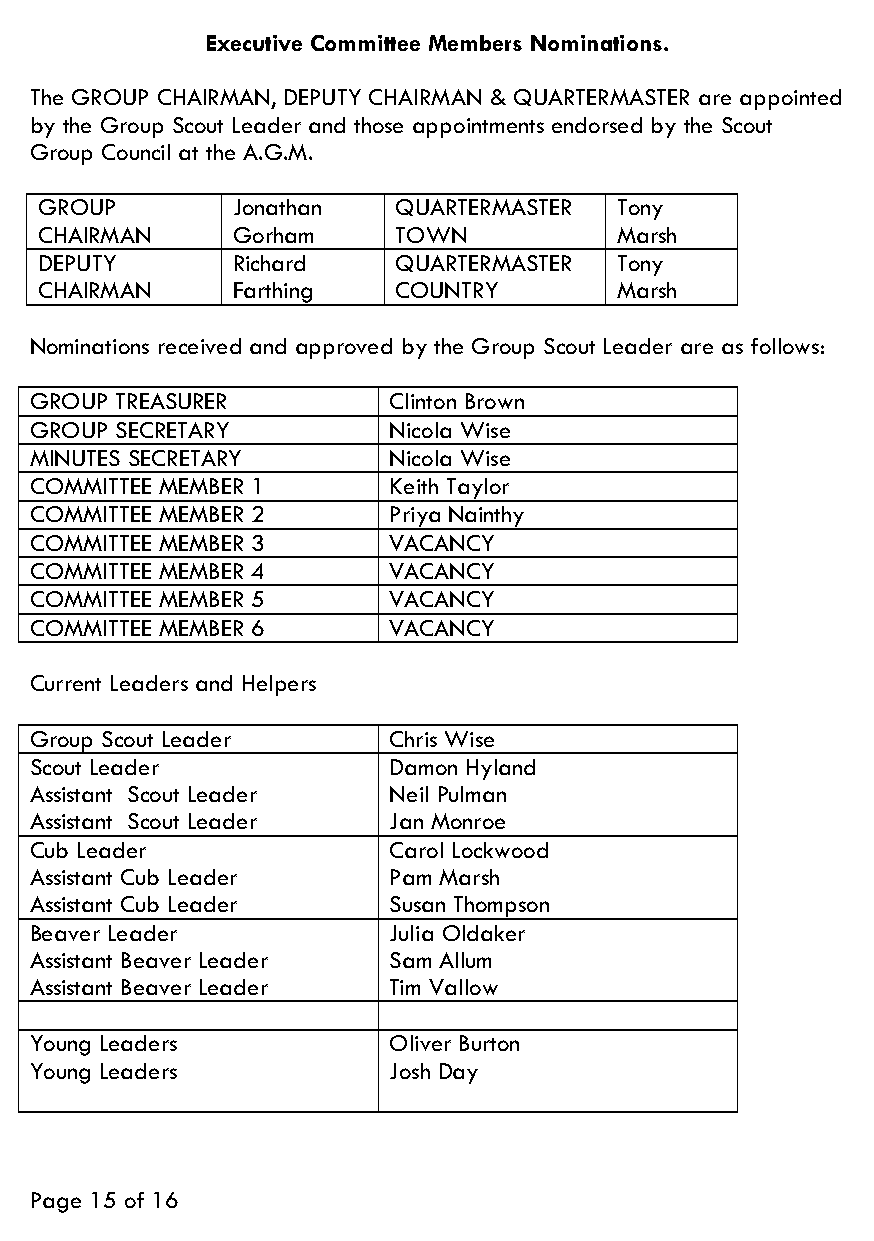
Executive Committee Members Nominations.
 The GROUP CHAIRMAN, DEPUTY CHAIRMAN & QUARTERMASTER are appointed
 by the Group Scout Leader and those appointments endorsed by the Scout
 Group Council at the A.G.M.
 GROUP       Jonathan   QUARTERMASTER  Tony
 CHAIRMAN    Gorham     TOWN           Marsh
 DEPUTY      Richard    QUARTERMASTER  Tony
 CHAIRMAN    Farthing   COUNTRY        Marsh
 Nominations received and approved by the Group Scout Leader are as follows:
 GROUP TREASURER         Clinton Brown
 GROUP SECRETARY         Nicola Wise
 MINUTES SECRETARY       Nicola Wise
 COMMITTEE MEMBER 1      Keith Taylor
 COMMITTEE MEMBER 2      Priya Nainthy
 COMMITTEE MEMBER 3      VACANCY
 COMMITTEE MEMBER 4      VACANCY
 COMMITTEE MEMBER 5      VACANCY
 COMMITTEE MEMBER 6      VACANCY
 Current Leaders and Helpers
 Group Scout Leader      Chris Wise
 Scout Leader            Damon Hyland
 Assistant Scout Leader  Neil Pulman
 Assistant Scout Leader  Jan Monroe
 Cub Leader              Carol Lockwood
 Assistant Cub Leader    Pam Marsh
 Assistant Cub Leader    Susan Thompson
 Beaver Leader           Julia Oldaker
 Assistant Beaver Leader Sam Allum
 Assistant Beaver Leader Tim Vallow
 Young Leaders           Oliver Burton
 Young Leaders           Josh Day
 Page 15 of 16